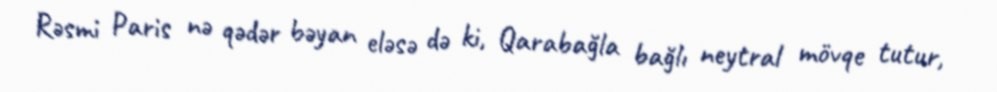
Rəsmi Paris nə qədər bəyan eləsə də ki, Qarabağla bağlı neytral mövqe tutur,